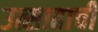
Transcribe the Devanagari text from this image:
उत्साहाची